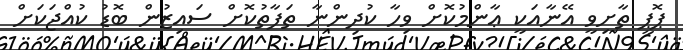
ޕޮޕީ ތާށިވީ އޭނާއަކީ ޢާންމުކޮށް ވިހާ ކުދިންނާ ތަފާތުކޮށް ސައިޒުން ބޮޑު ކުއްޖަކަށް